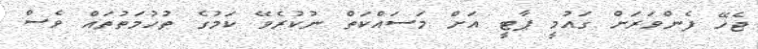
ޖެހޭ ފެންވަރަށް ގައުމީ ޕާޓީ އަށް މަސައްކަތް ނުކުރެވޭ ކަމުގެ ތުހުމަތުތައް ވެސް